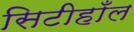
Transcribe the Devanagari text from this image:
सिटीहाँल